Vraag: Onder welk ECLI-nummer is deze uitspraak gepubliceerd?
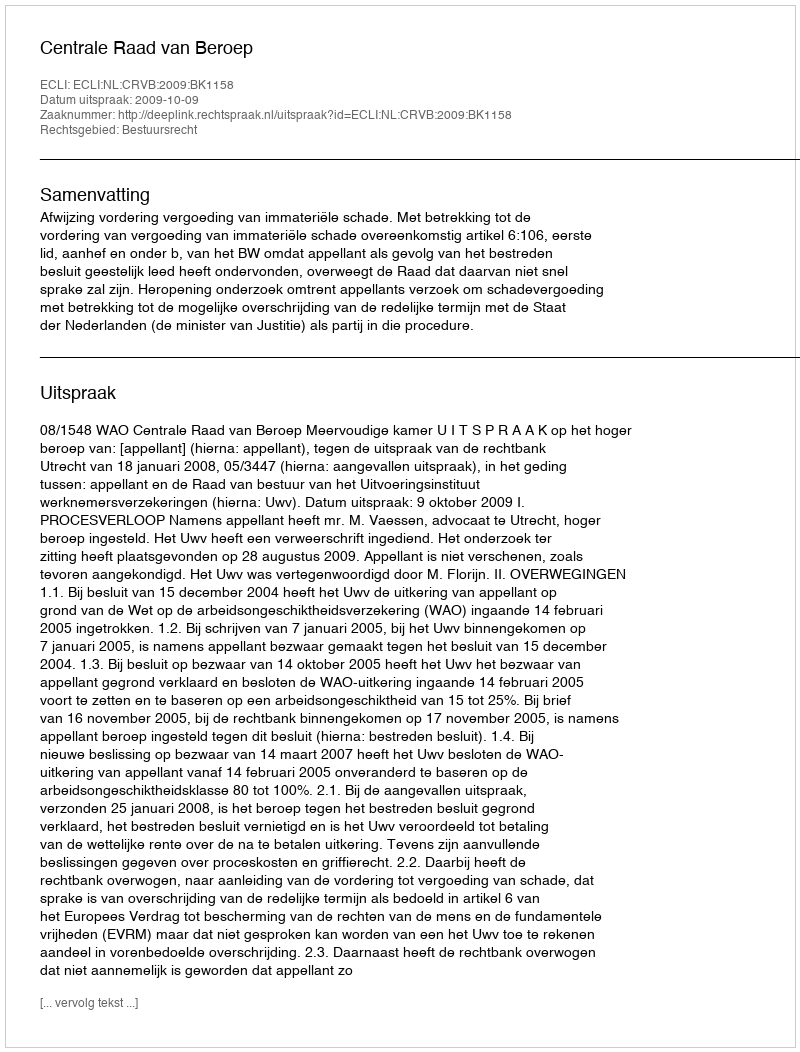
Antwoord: ECLI:NL:CRVB:2009:BK1158